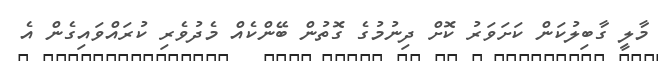
މާލީ ގާބިލުކަން ކަށަވަރު ކޮށް ދިނުމުގެ ގޮތުން ބޭންކެއް މެދުވެރި ކުރައްވައިގެން އެ